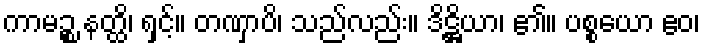
ကာမဉ္စ နတ္ထိ၊ ရှင့်။ တဏှာပိ၊ သည်လည်း။ ဒိဋ္ဌိယာ၊ ၏။ ပစ္စယော ဧဝ၊